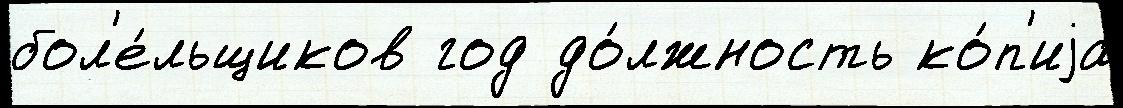
бол'е́льщиков год до́лжность ко́п'иjа